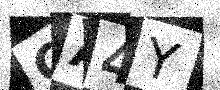
Text: CA4Y